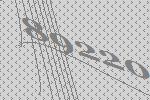
89220